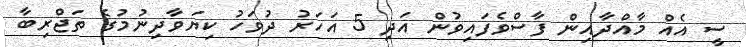
ސީ އެއް މާއްދާއިން ފާސްވެފައިވުން އަދި 5 އަހަރު ދުވަހު ކިޔަވާދިނުމުގެ ތަޖްރިބާ